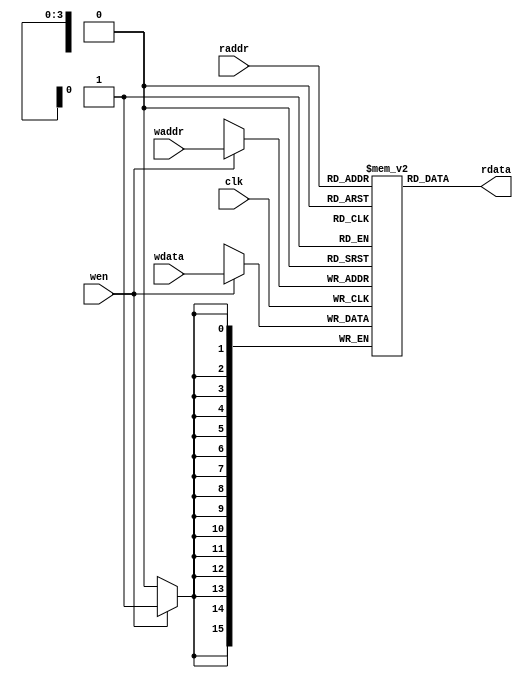
`timescale 1ns / 1ps
//////////////////////////////////////////////////////////////////////////////////
// Company: 
// Engineer: 
// 
// Design Name: 
// Module Name: ram_image
// Project Name: 
// Target Devices: 
// Tool Versions: 
// Description: 
// 
// Dependencies: 
// 
// Revision:
// Revision 0.01 - File Created
// Additional Comments:
// 
//////////////////////////////////////////////////////////////////////////////////


module ram_image
#(
    //memory image
    parameter numWeightImg = 9, 
    parameter addressWidthPos = 11,
    parameter addressWidthImg=4, dataWidthImg= 16
)
( 
    input clk,
    input wen,
    input [addressWidthImg-1:0] waddr,
    input [addressWidthImg-1:0] raddr,
    input [dataWidthImg-1:0] wdata,
    output [dataWidthImg-1:0] rdata     
    
);



    reg [dataWidthImg-1:0] ram[numWeightImg-1:0];    
    //wire [addressWidthImg-1:0] pos;
    
    initial
    begin
        ram[0] = 0;
        ram[1] = 0;
        ram[2] = 0;
        ram[3] = 0;
        ram[4] = 0;
        ram[5] = 0;
        ram[6] = 0;
        ram[7] = 0;
        ram[8] = 0;
    end    
  
    always @(posedge clk)
    begin
        if (wen)
        begin
            ram[waddr] <= wdata;
        end
    end 
    
    assign rdata = ram[raddr];

    
endmodule